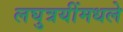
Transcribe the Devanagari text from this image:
लघुत्रयींमधले